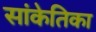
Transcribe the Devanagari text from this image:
सांकेतिका